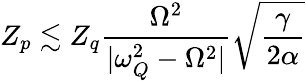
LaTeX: Z_{p}\lesssim Z_{q}\frac{\Omega^{2}}{|\omega_{Q}^{2}-\Omega^{2}|}\sqrt{\frac{\gamma}{2\alpha}}